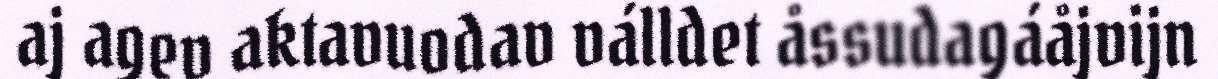
aj agev aktavuodav válldet åssudagáåjvijn